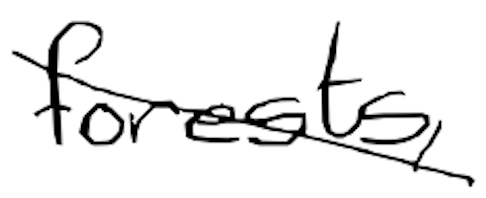
Text: forests,
Cross-out: diagonal
Writing tool: digital_black